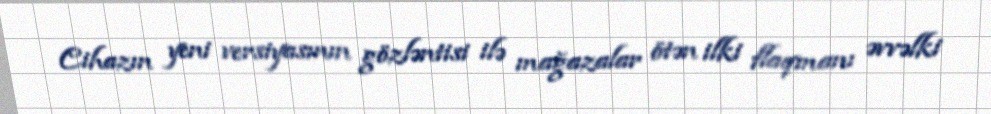
Cihazın yeni versiyasının gözləntisi ilə mağazalar ötən ilki flaqmanı əvvəlki